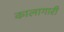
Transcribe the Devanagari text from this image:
कालागारी